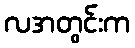
လအတွင်းက